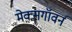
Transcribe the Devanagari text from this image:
मेक्सगॉवर्न